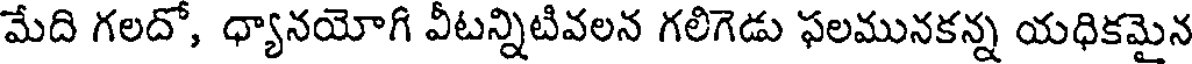
మేది గలదో, ధ్యానయోగి వీటన్నిటివలన గలిగెడు ఫలమునకన్న యధికమైన